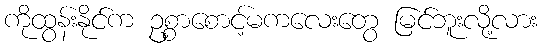
ကိုထွန်းနိုင်က ဥစ္စာစောင့်မကလေးတွေ မြင်ဘူးလို့လား